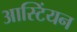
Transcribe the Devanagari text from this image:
आस्टिंयन